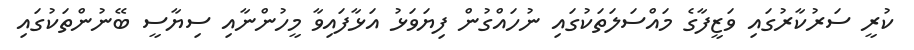
ކުރީ ސަރުކާރުގައި ވަޒީފާގެ މައްސަލަތަކުގައި ނުހައްގުން ފިޔަވަޅު އަޅާފައިވާ މީހުންނާއި ސިޔާސީ ބޭނުންތަކުގައި